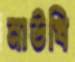
নাউথি